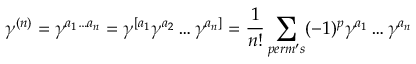
\gamma ^ { ( n ) } = \gamma ^ { a _ { 1 } \ldots a _ { n } } = \gamma ^ { [ a _ { 1 } } \gamma ^ { a _ { 2 } } \ldots \gamma ^ { a _ { n } ] } = \frac { 1 } { n ! } \sum _ { p e r m ^ { \prime } s } ( - 1 ) ^ { p } \gamma ^ { a _ { 1 } } \ldots \gamma ^ { a _ { n } }